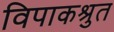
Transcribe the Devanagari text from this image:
विपाकश्रुत